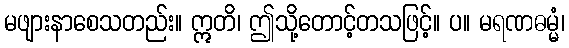
မဖျားနာစေသတည်း။ ဣတိ၊ ဤသို့တောင့်တသဖြင့်။ ပ။ မရဏဓမ္မံ၊